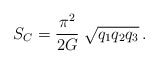
\begin{align*}S_C = \frac{\pi^2}{2G} \; \sqrt{q_1q_2q_3}\,.\end{align*}